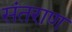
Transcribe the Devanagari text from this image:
संतराण